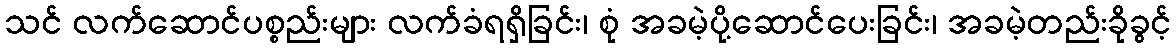
သင် လက်ဆောင်ပစ္စည်းများ လက်ခံရရှိခြင်း၊ စုံ အခမဲ့ပို့ဆောင်ပေးခြင်း၊ အခမဲ့တည်းခိုခွင့်